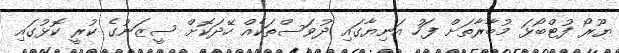
ޔޫރޯ ފުޓްބޯޅަ މުބާރާތަށް ފަހު އަނިޔާގައި ދުވަސްތަކެއް ހޭދަކޮށް ސީޒަނުގެ ކުރީ ކޮޅުގައި